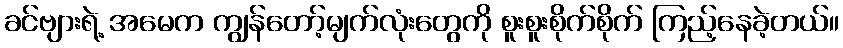
ခင်ဗျားရဲ့ အမေက ကျွန်တော့်မျက်လုံးတွေကို စူးစူးစိုက်စိုက် ကြည့်နေခဲ့တယ်။